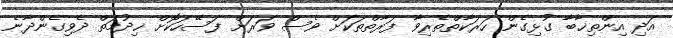
އަދި އިންތިޚާބާ ގުޅިގެން ހަރަކާތްތެރިވާ ފަރާތްތަކަށް ވެސް ވަރަށް ފަސޭހަކޮށް ޚިދުމަތް ދެވިގެންދާނެ